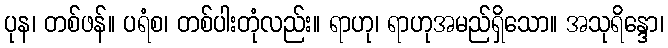
ပုန၊ တစ်ဖန်။ ပရံစ၊ တစ်ပါးတုံလည်း။ ရာဟု၊ ရာဟုအမည်ရှိသော။ အသုရိန္ဒော၊